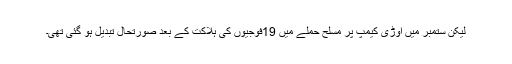
لیکن ستمبر میں اُوڑی کیمپ پر مسلح حملے میں 19فوجیوں کی ہلاکت کے بعد صورتحال تبدیل ہو گئی تھی۔